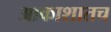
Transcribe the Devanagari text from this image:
आकाशातच